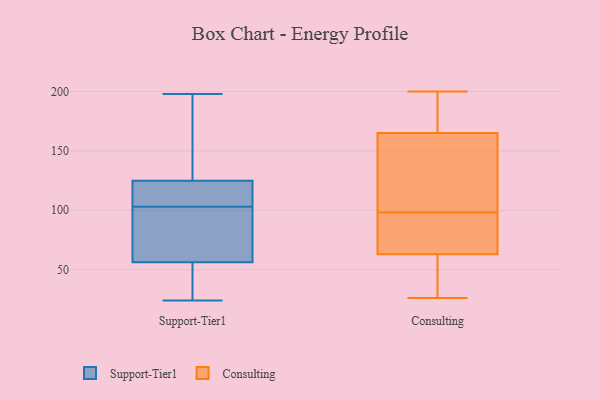
{"axis": {"x": "Conversion Rate (%)", "y": "Value"}, "legend": ["Consulting", "Support-Tier1"], "data": [{"x": "", "y": 101, "type": "Support-Tier1"}, {"x": "", "y": 103, "type": "Support-Tier1"}, {"x": "", "y": 39, "type": "Support-Tier1"}, {"x": "", "y": 198, "type": "Support-Tier1"}, {"x": "", "y": 53, "type": "Support-Tier1"}, {"x": "", "y": 130, "type": "Support-Tier1"}, {"x": "", "y": 66, "type": "Support-Tier1"}, {"x": "", "y": 109, "type": "Support-Tier1"}, {"x": "", "y": 108, "type": "Support-Tier1"}, {"x": "", "y": 138, "type": "Support-Tier1"}, {"x": "", "y": 24, "type": "Support-Tier1"}, {"x": "", "y": 115, "type": "Consulting"}, {"x": "", "y": 153, "type": "Consulting"}, {"x": "", "y": 29, "type": "Consulting"}, {"x": "", "y": 108, "type": "Consulting"}, {"x": "", "y": 176, "type": "Consulting"}, {"x": "", "y": 75, "type": "Consulting"}, {"x": "", "y": 66, "type": "Consulting"}, {"x": "", "y": 195, "type": "Consulting"}, {"x": "", "y": 62, "type": "Consulting"}, {"x": "", "y": 26, "type": "Consulting"}, {"x": "", "y": 200, "type": "Consulting"}, {"x": "", "y": 158, "type": "Consulting"}, {"x": "", "y": 38, "type": "Consulting"}, {"x": "", "y": 186, "type": "Consulting"}, {"x": "", "y": 165, "type": "Consulting"}, {"x": "", "y": 63, "type": "Consulting"}, {"x": "", "y": 80, "type": "Consulting"}, {"x": "", "y": 88, "type": "Consulting"}]}